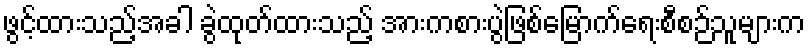
ဖွင့်ထားသည့်အခါ ခွဲထုတ်ထားသည့် အားကစားပွဲဖြစ်မြောက်ရေးစီစဉ်သူများက